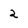
Character: 2